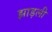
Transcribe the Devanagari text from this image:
झाड़ली